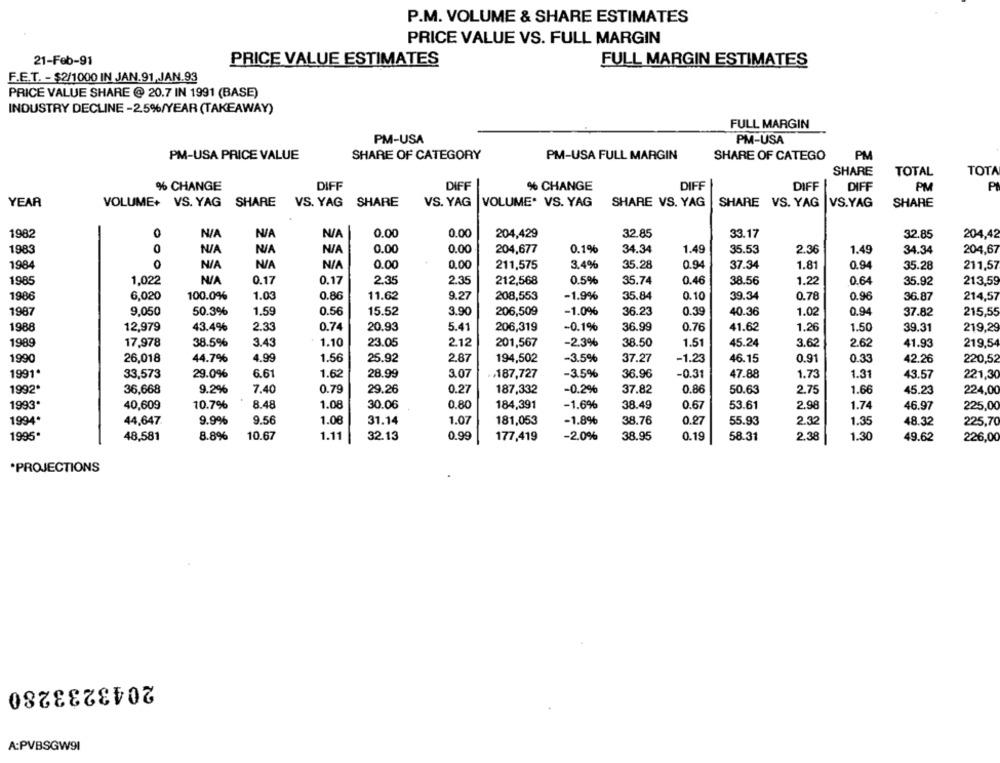
P.M. VOLUME & SHARE ESTIMATES
PRICE VALUE VS. FULL MARGIN
21-Feb-91
PRICE VALUE ESTIMATES
FULL MARGIN ESTIMATES
F.E.T. - $2/1000 IN JAN.91,JAN.93
PRICE VALUE SHARE @ 20.7 IN 1991 (BASE)
INDUSTRY DECLINE -2.5%/YEAR (TAKEAWAY)
FULL MARGIN
PM-USA
PM-USA
PM-USA PRICE VALUE
SHARE OF CATEGORY
PM-USA FULL MARGIN
SHARE OF CATEGO
PM
SHARE
TOTAL
TOTA
% CHANGE
DIFF
DIFF
% CHANGE
DIFF
DIFF
DIFF
PM
P
YEAR
VOLUME+ VS. YAG SHARE VS. YAG SHARE
VS. YAG |VOLUME" VS. YAG
SHARE VS. YAG
SHARE VS. YAG
VS.YAG
SHARE
1982
0.00
0.00
204,429
32.85
33.17
32.85
204,42
1983
NIA
0.00
0.00
204,677
0.1%
34.34
1.49
35.53
2.36
1.49
34.34
204,67
1984
0.00
0.00
211,575
3.4%
35.28
0.94
37.34
1.81
0.94
35.28
211,57
1985
1,022
0.17
0.17
2.35
2.35
212,568
0.5%
35.74
0.46
38.56
1.22
0.64
35.92
213,59
1986
6,020
100.0%
1.03
0.86
11.62
9.27
208,553
-1.9%
35.84
0.10
39.34
0.78
0.96
36.87
214,57
1987
9,050
50.3%
1.59
0.56
15.52
3.90
206,509
-1.0%
36.23
0.39
40.36
1.02
0.94
37.82
215,55
1988
12,979
43.4%
2.33
0.74
20.93
5.41
206,319
-0.1%
36.99
0.76
41.62
1,26
1.50
39.31
219,29
1989
17,978
38.5%
3.43
1.10
23.05
2.12
201,567
-2.3%
38.50
1.51
45.24
3.62
2.62
41.93
219,54
1990
26,018
44.7%
4.99
1.56
25.92
2.87
194,502
-3.5%
37.27
-1.23
46.15
0.91
0.33
42.26
220.52
1991*
33,573
29.0%
6.61
1.62
28.99
3.07
,187,727
-3.5%
36.96
-0.31
47.88
1.73
1.31
43.57
221,30
1992*
36,668
9.2%
7.40
0.79
29.26
0.27
187,332
-0.2%
37.82
0.86
50.63
2.75
1.66
45.23
224,00
1993*
40,609
10.7%
8.48
1.08
30.06
0.80
184,391
-1.6%
38.49
0.67
53.61
2.98
1.74
46.97
225,00
1994
9.9%
9.56
1.08
1.07
-1.8%
38.76
44,647
31.14
181,053
0.27
55.93
2.32
1.35
48.32
225,70
1.11
0.99
1.30
1995*
48,581
8.8%
10.67
32.13
177,419
-2.0%
38.95
0.19
58.31
2.38
49.62
226,00
*PROJECTIONS
2043233280
A:PVBSGW91